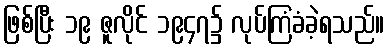
ဖြစ်ပြီး ၁၉ ဇူလိုင် ၁၉၄၇၌ လုပ်ကြံခံခဲ့ရသည်။